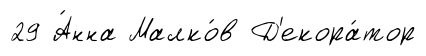
29 А́нна Малко́в Д'екора́тор